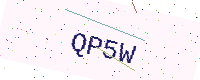
Text: QP5W